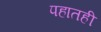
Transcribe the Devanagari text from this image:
पहातही